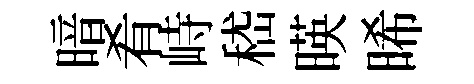
暗肴峙嵇暎晞